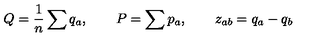
Q = { \frac { 1 } { n } } \sum q _ { a } , \qquad P = \sum p _ { a } , \qquad z _ { a b } = q _ { a } - q _ { b }